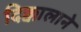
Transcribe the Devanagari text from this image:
दिक्कालाने